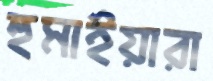
হুমাইয়ারা